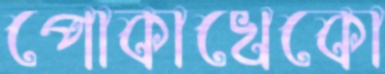
পোকাখেকো